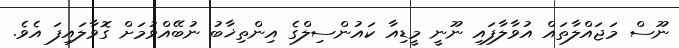
ނޫސް މަޖައްލާތައް އުވާލާފައި ނޫނީ މީޑިއާ ކައުންސިލްގެ އިންތިޚާބު ނުބޭއްވުމަށް ގޮވާލައިފަ އެވެ.